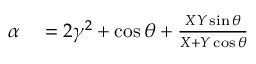
\begin{array} { r l } { \alpha } & { { } = 2 \gamma ^ { 2 } + \cos \theta + \frac { X Y \sin \theta } { X + Y \cos \theta } } \end{array}